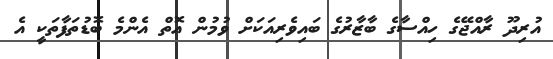
އުރިދޫ ރާއްޖޭގެ ހިއްސާގެ ބާޒާރުގެ ބައިވެރިއަކަށް ވުމުން އޮތް އެންމެ ބޮޑުތަފާތަކީ އެ